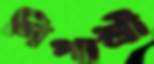
দিপাশ্রী